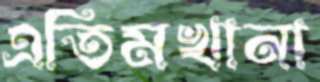
এতিমখানা